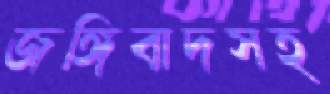
জঙ্গিবাদসহ